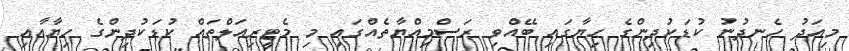
މިއަދު ހެނދުނު ކުޑަކުދިންގެ ހިޔާގައި ބޭއްވި ރަސްމިއްޔާތެއްގައި މި މެޓީރިއަލްތައް ކުޑަކުދިންގެ ހިޔާއާއި